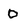
Character: 0